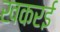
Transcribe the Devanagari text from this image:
खकरई